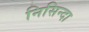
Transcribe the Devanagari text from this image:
निसिन्दा